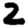
Digit: 2